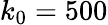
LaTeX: k_{0}=500